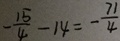
- \frac { 1 5 } { 4 } - 1 4 = - \frac { 7 1 } { 4 }